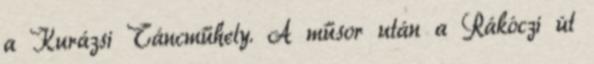
a Kurázsi Táncműhely. A műsor után a Rákóczi út